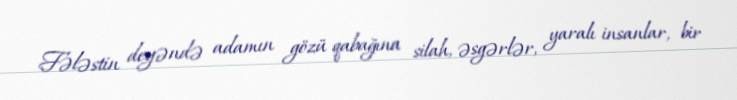
Fələstin deyəndə adamın gözü qabağına silah, əsgərlər, yaralı insanlar, bir